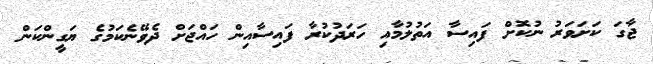
ޖާގަ ކަށަވަރު ނުކޮށް ފައިސާ އަތުުލުމާއި ހަރަދުކުރާ ފައިސާއިން ހައްޖަށް ދެވޭނެކަމުގެ ޔަގީންކަން